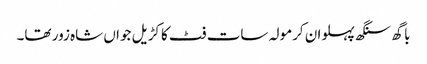
باگھ سنگھ پہلوان کرمولہ سات فٹ کا کڑیل جواں شاہ زور تھا۔